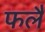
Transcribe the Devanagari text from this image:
फलै